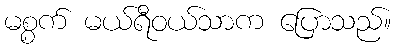
မစ္စက် မယ်ရီဝယ်သာက ပြောသည်။